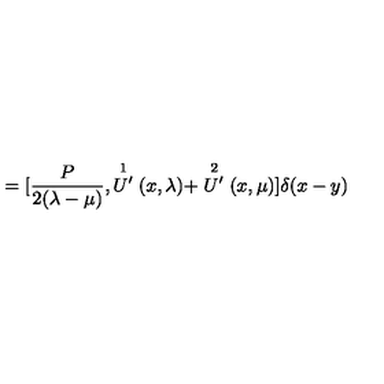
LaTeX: = { [ } \frac { P } { 2 ( \lambda - \mu ) } , \stackrel { 1 } { U ^ { \prime } } ( x , \lambda ) + \stackrel { 2 } { U ^ { \prime } } ( x , \mu ) { ] } \delta ( x - y )